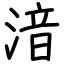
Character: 湆